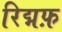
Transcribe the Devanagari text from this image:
रिद्मफ़